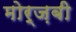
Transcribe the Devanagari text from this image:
मोर्ज़बी